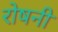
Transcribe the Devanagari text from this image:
रोषनी